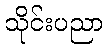
သိုင်းပညာ